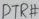
Text: DTR#